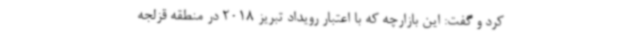
کرد و گفت: این بازارچه که با اعتبار رویداد تبریز 2018 در منطقه قزلجه